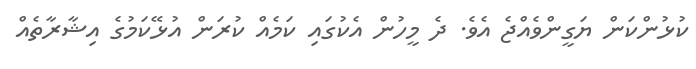
ކުޅުންކަން ޔަގީންވެއްޖެ އެވެ. ދެ މީހުން އެކުގައި ކަމެއް ކުރަން އުޅޭކަމުގެ އިޝާރާތެއް